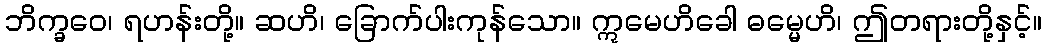
ဘိက္ခဝေ၊ ရဟန်းတို့။ ဆဟိ၊ ခြောက်ပါးကုန်သော။ ဣမေဟိခေါ ဓမ္မေဟိ၊ ဤတရားတို့နှင့်။